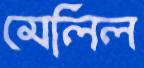
মেলিল